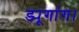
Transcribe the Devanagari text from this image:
ड्यूगांग।